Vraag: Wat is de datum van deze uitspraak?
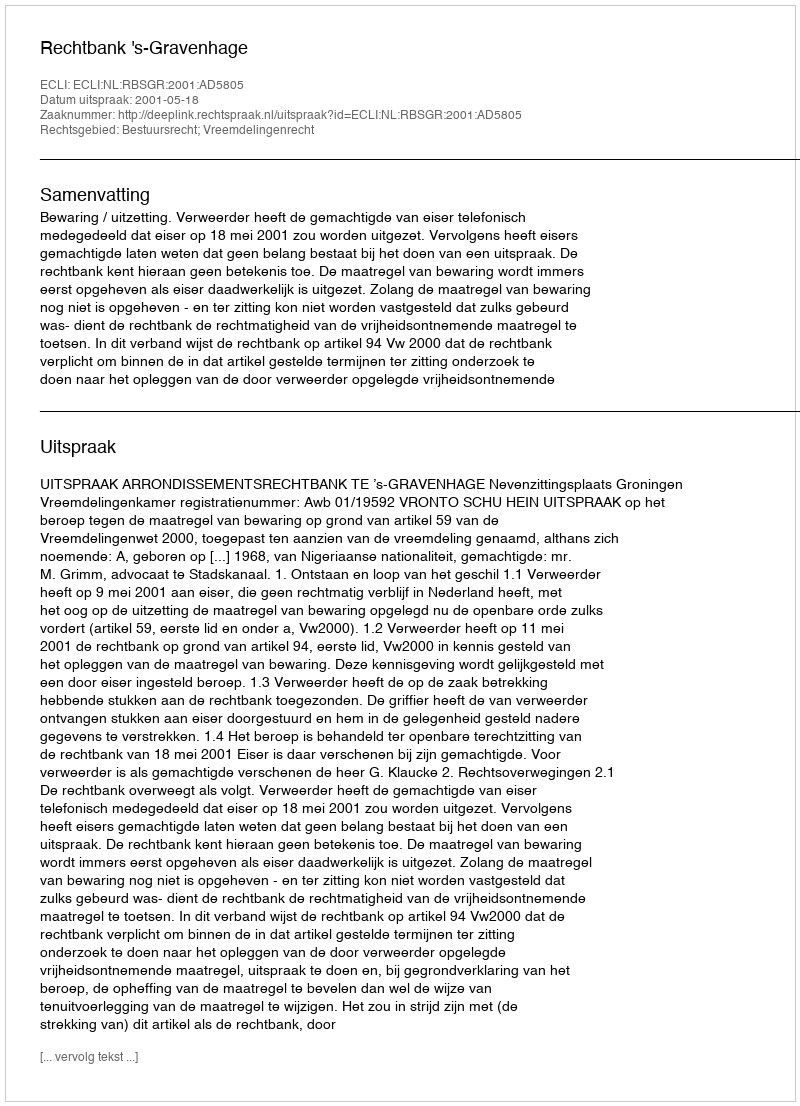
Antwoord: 2001-05-18